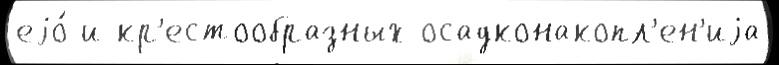
еjо́ и кр'естообразных осадконакопл'ен'иjа